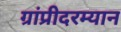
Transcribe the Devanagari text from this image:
ग्रांप्रीदरम्यान